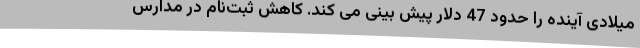
میلادی آینده را حدود 47 دلار پیش بینی می کند. کاهش ثبت‌نام در مدارس